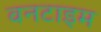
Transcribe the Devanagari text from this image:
वनटाइम